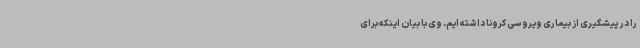
را در پیشگیری از بیماری ویروسی کرونا داشته ایم. وی با بیان اینکه برای